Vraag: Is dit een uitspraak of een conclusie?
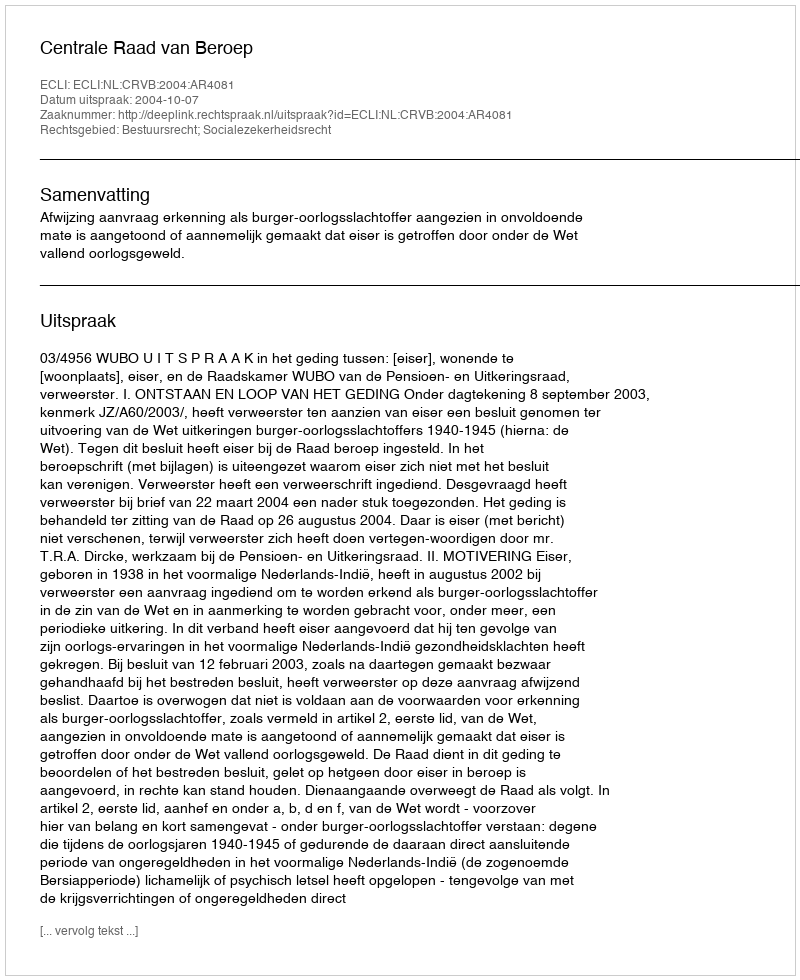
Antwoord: Uitspraak